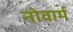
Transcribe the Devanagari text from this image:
नोवार्म